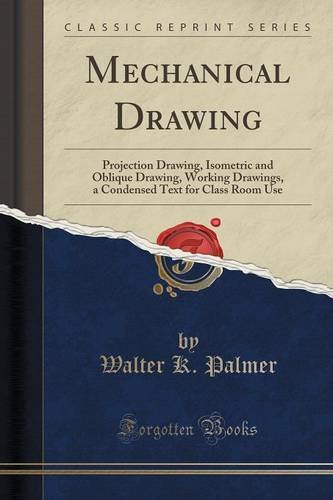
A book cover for Mechanical Drawing: Projection Drawing, Isometric and Oblique Drawing, Working Drawings, a Condensed Text for Class Room Use (Classic Reprint); Walter K. Palmer; Science & Math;